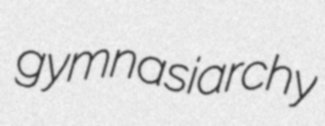
gymnasiarchy